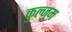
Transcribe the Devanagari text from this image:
कुल्जुम